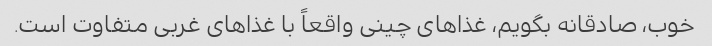
خوب، صادقانه بگویم، غذاهای چینی واقعاً با غذاهای غربی متفاوت است.